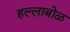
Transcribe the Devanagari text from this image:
हल्लाबोळ